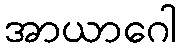
အာယာဂေါ